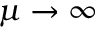
\mu \to \infty